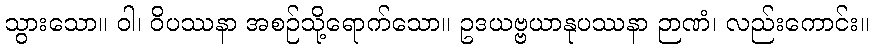
သွားသော။ ဝါ၊ ဝိပဿနာ အစဉ်သို့ရောက်သော။ ဥဒယဗ္ဗယာနုပဿနာ ဉာဏံ၊ လည်းကောင်း။